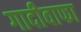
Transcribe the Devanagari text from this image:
गादीवाफा